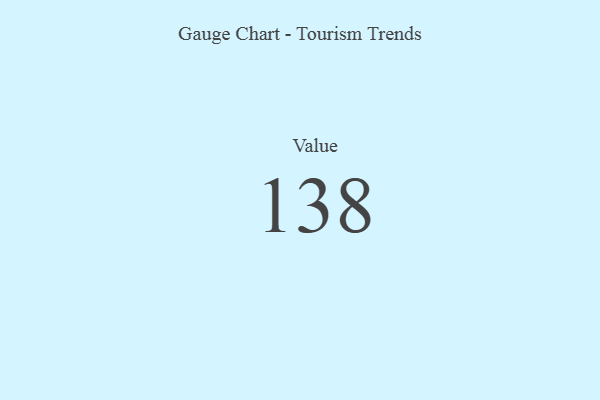
{"axis": {"x": "Metric", "y": "Value"}, "legend": [""], "data": [{"x": "Value", "y": 138, "type": ""}]}